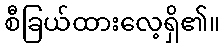
စီခြယ်ထားလေ့ရှိ၏။